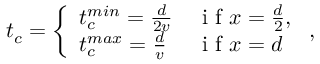
t _ { c } = \left\{ \begin{array} { l l } { t _ { c } ^ { m i n } = \frac { d } { 2 v } } & { \mathrm { ~ i ~ f ~ } x = \frac { d } { 2 } , } \\ { t _ { c } ^ { m a x } = \frac { d } { v } } & { \mathrm { ~ i ~ f ~ } x = d } \end{array} \right. ,